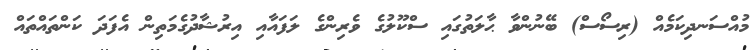
މުއްސަނދިކަމެއް (ރިސޯސް) ބޭނުންވާ ޙާލަތުގައި ސްކޫލުގެ ވެރިންގެ ލަފައާއި އިރުޝާދުގެމަތިން އެފަދަ ކަންތައްތައް